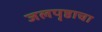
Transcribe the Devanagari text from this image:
जलपृष्ठाचा